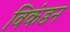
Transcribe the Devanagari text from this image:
विकंडन